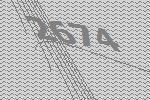
2674